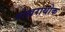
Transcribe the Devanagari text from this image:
पोखराथोक